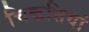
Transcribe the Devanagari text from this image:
चिकत्तियां